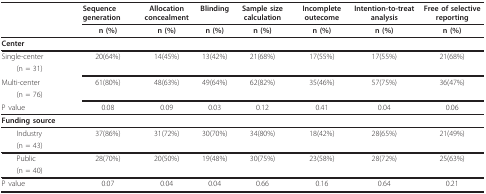
<table><thead><tr><td></td><td><b>Sequence generation</b></td><td><b>Allocation concealment</b></td><td><b>Blinding</b></td><td><b>Sample size calculation</b></td><td><b>Incomplete outecome</b></td><td><b>Intention-to-treat analysis</b></td><td><b>Free of selective reporting</b></td></tr><tr><td></td><td><b>n (%)</b></td><td><b>n (%)</b></td><td><b>n (%)</b></td><td><b>n (%)</b></td><td><b>n (%)</b></td><td><b>n (%)</b></td><td><b>n (%)</b></td></tr></thead><tbody><tr><td colspan="8"><b>Center</b></td></tr><tr><td>Single-center</td><td>20(64%)</td><td>14(45%)</td><td>13(42%)</td><td>21(68%)</td><td>17(55%)</td><td>17(55%)</td><td>21(68%)</td></tr><tr><td> (n = 31)</td><td></td><td></td><td></td><td></td><td></td><td></td><td></td></tr><tr><td>Multi-center</td><td>61(80%)</td><td>48(63%)</td><td>49(64%)</td><td>62(82%)</td><td>35(46%)</td><td>57(75%)</td><td>36(47%)</td></tr><tr><td> (n = 76)</td><td></td><td></td><td></td><td></td><td></td><td></td><td></td></tr><tr><td>P value</td><td>0.08</td><td>0.09</td><td>0.03</td><td>0.12</td><td>0.41</td><td>0.04</td><td>0.06</td></tr><tr><td colspan="8"><b>Funding source</b></td></tr><tr><td> Industry</td><td>37(86%)</td><td>31(72%)</td><td>30(70%)</td><td>34(80%)</td><td>18(42%)</td><td>28(65%)</td><td>21(49%)</td></tr><tr><td> (n = 43)</td><td></td><td></td><td></td><td></td><td></td><td></td><td></td></tr><tr><td> Public</td><td>28(70%)</td><td>20(50%)</td><td>19(48%)</td><td>30(75%)</td><td>23(58%)</td><td>28(72%)</td><td>25(63%)</td></tr><tr><td> (n = 40)</td><td></td><td></td><td></td><td></td><td></td><td></td><td></td></tr><tr><td>P value</td><td>0.07</td><td>0.04</td><td>0.04</td><td>0.66</td><td>0.16</td><td>0.64</td><td>0.21</td></tr></tbody></table>